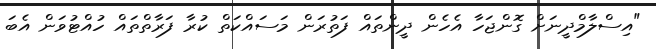
"އިސްލާމްދީނަށް ގޮންޖަހާ އެހެން ދީންތައް ފަތުރަން މަސައްކަތް ކުރާ ފަރާތްތައް ހުއްޓުވަން އެބަ